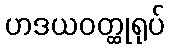
ဟဒယဝတ္ထုရုပ်